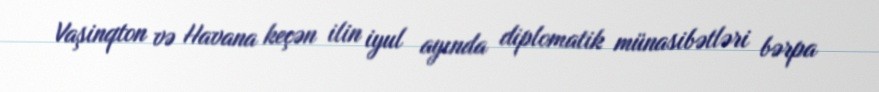
Vaşinqton və Havana keçən ilin iyul ayında diplomatik münasibətləri bərpa